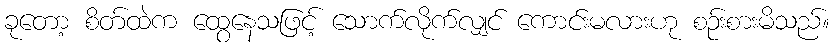
ခုတော့ စိတ်ထဲက ထွေနေသဖြင့် သောက်လိုက်လျှင် ကောင်းမလားဟု စဉ်းစားမိသည်။